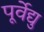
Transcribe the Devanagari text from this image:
पूर्वेद्यु